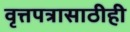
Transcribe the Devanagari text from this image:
वृत्तपत्रासाठीही